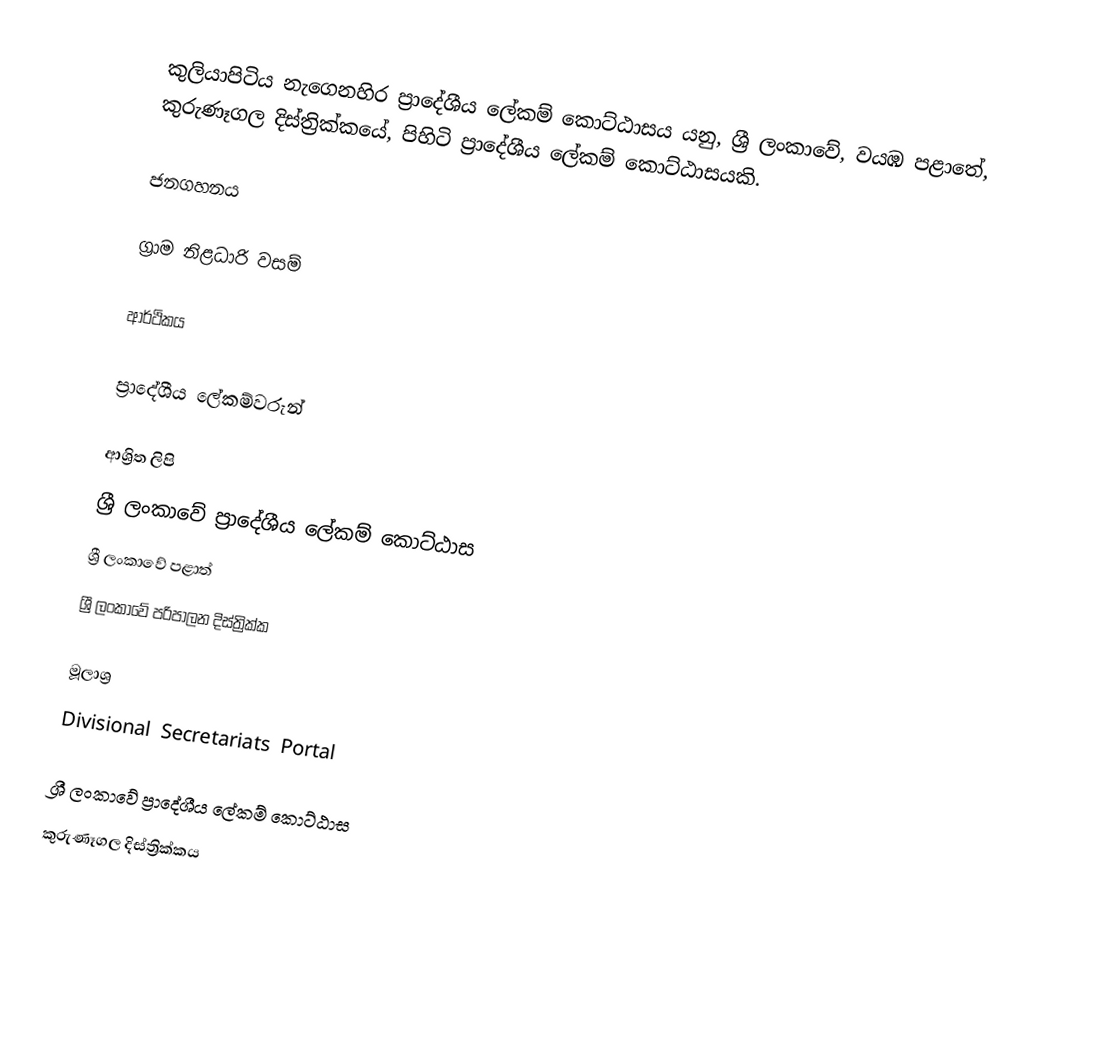
කුලියාපිටිය නැගෙනහිර ප්‍රාදේශීය ලේකම් කොට්ඨාසය යනු,  ශ්‍රී ලංකාවේ, වයඹ පළාතේ,   කුරුණෑගල දිස්ත්‍රික්කයේ, පිහිටි ප්‍රාදේශීය ලේකම් කොට්ඨාසයකි.

ජනගහනය

ග්‍රාම නිළධාරි වසම්

ආර්ථිකය

ප්‍රාදේශීය ලේකම්වරුන්

ආශ්‍රිත ලිපි
ශ්‍රී ලංකාවේ ප්‍රාදේශීය ලේකම් කොට්ඨාස
ශ්‍රී ලංකාවේ පළාත්
ශ්‍රී ලංකාවේ පරිපාලන දිස්ත්‍රික්ක

මූලාශ්‍ර
 Divisional Secretariats Portal

ශ්‍රී ලංකාවේ ප්‍රාදේශීය ලේකම් කොට්ඨාස
කුරුණෑගල දිස්ත්‍රික්කය